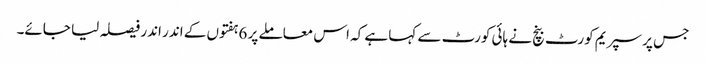
جس پر سپریم کورٹ بنچ نے ہائی کورٹ سے کہا ہے کہ اس معاملے پر 6ہفتوں کے اندر اندر فیصلہ لیا جائے۔